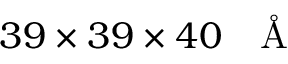
3 9 \times 3 9 \times 4 0 ~ \mathrm { ~ \normalfont ~ \AA ~ }